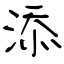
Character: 添